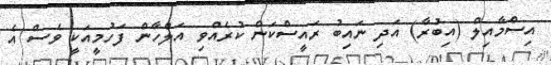
އިސްމާއިލް (އިބުރާ) އަދި ނައިބު ރައީސްކަން ކުރެއްވި އަލްހާން ފަހުމީއަކީ ވެސް އެ